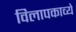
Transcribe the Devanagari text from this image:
विलापकाव्ये